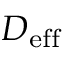
D _ { \mathrm { e f f } }